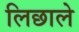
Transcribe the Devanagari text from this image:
लिछाले